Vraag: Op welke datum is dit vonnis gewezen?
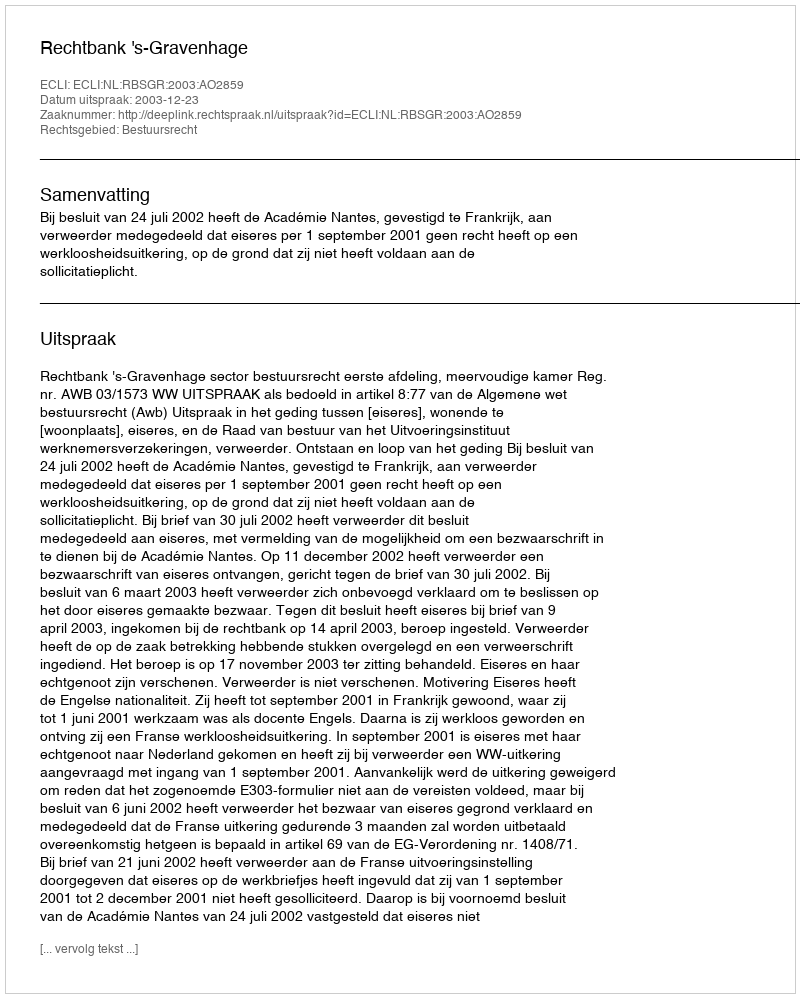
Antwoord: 2003-12-23